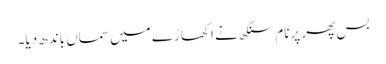
بس پھر پرنام سنگھ نے اکھاڑے میں سماں باندھ دیا۔